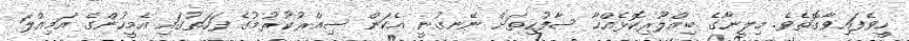
ހީވެފައިވާގޮތެވެ. މިލީނާގެ ބިއްލޫރިކޮޅެއްހާ ސާފުހިތަށް ނޭނގުނީ އެކަން ސިއްރުކުރުމުގެ ފަހަތުގައި އެމީހުންގެ އަމިއްލަ